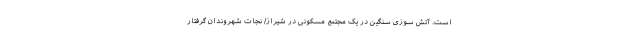
است. آتش سوزی سنگین در یک مجتمع مسکونی در شیراز/ نجات شهروندان گرفتار